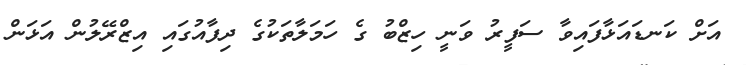
އަށް ކަނޑައަޅާފައިވާ ސަފީރު ވަނީ ހިޒްބު ގެ ހަމަލާތަކުގެ ދިފާއުގައި އިޒްރޭލުން އަޅަން